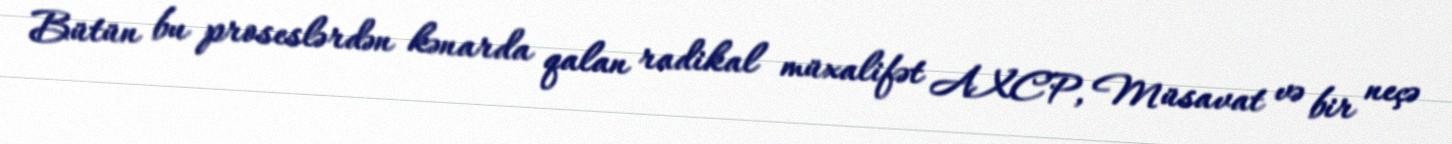
Bütün bu proseslərdən kənarda qalan radikal müxalifət AXCP, Müsavat və bir neçə